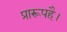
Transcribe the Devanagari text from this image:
प्रारूपहै।